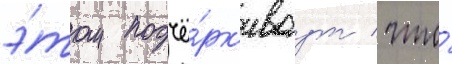
э́том подчё́рк'иваут / что́